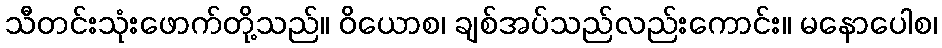
သီတင်းသုံးဖောက်တို့သည်။ ဝိယောစ၊ ချစ်အပ်သည်လည်းကောင်း။ မနောပေါစ၊